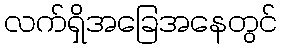
လက်ရှိအခြေအနေတွင်